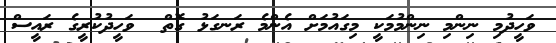
ވަހީދުމި ނިންމި ނިންމުމަކީ މިގައުމަށް އެންމެ ރަނގަޅު ގޮތް  ވަހީދުކުރީގެ ރައީސް